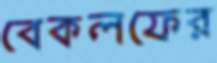
বেকলফের